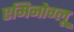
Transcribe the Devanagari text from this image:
एमिनोग्लू